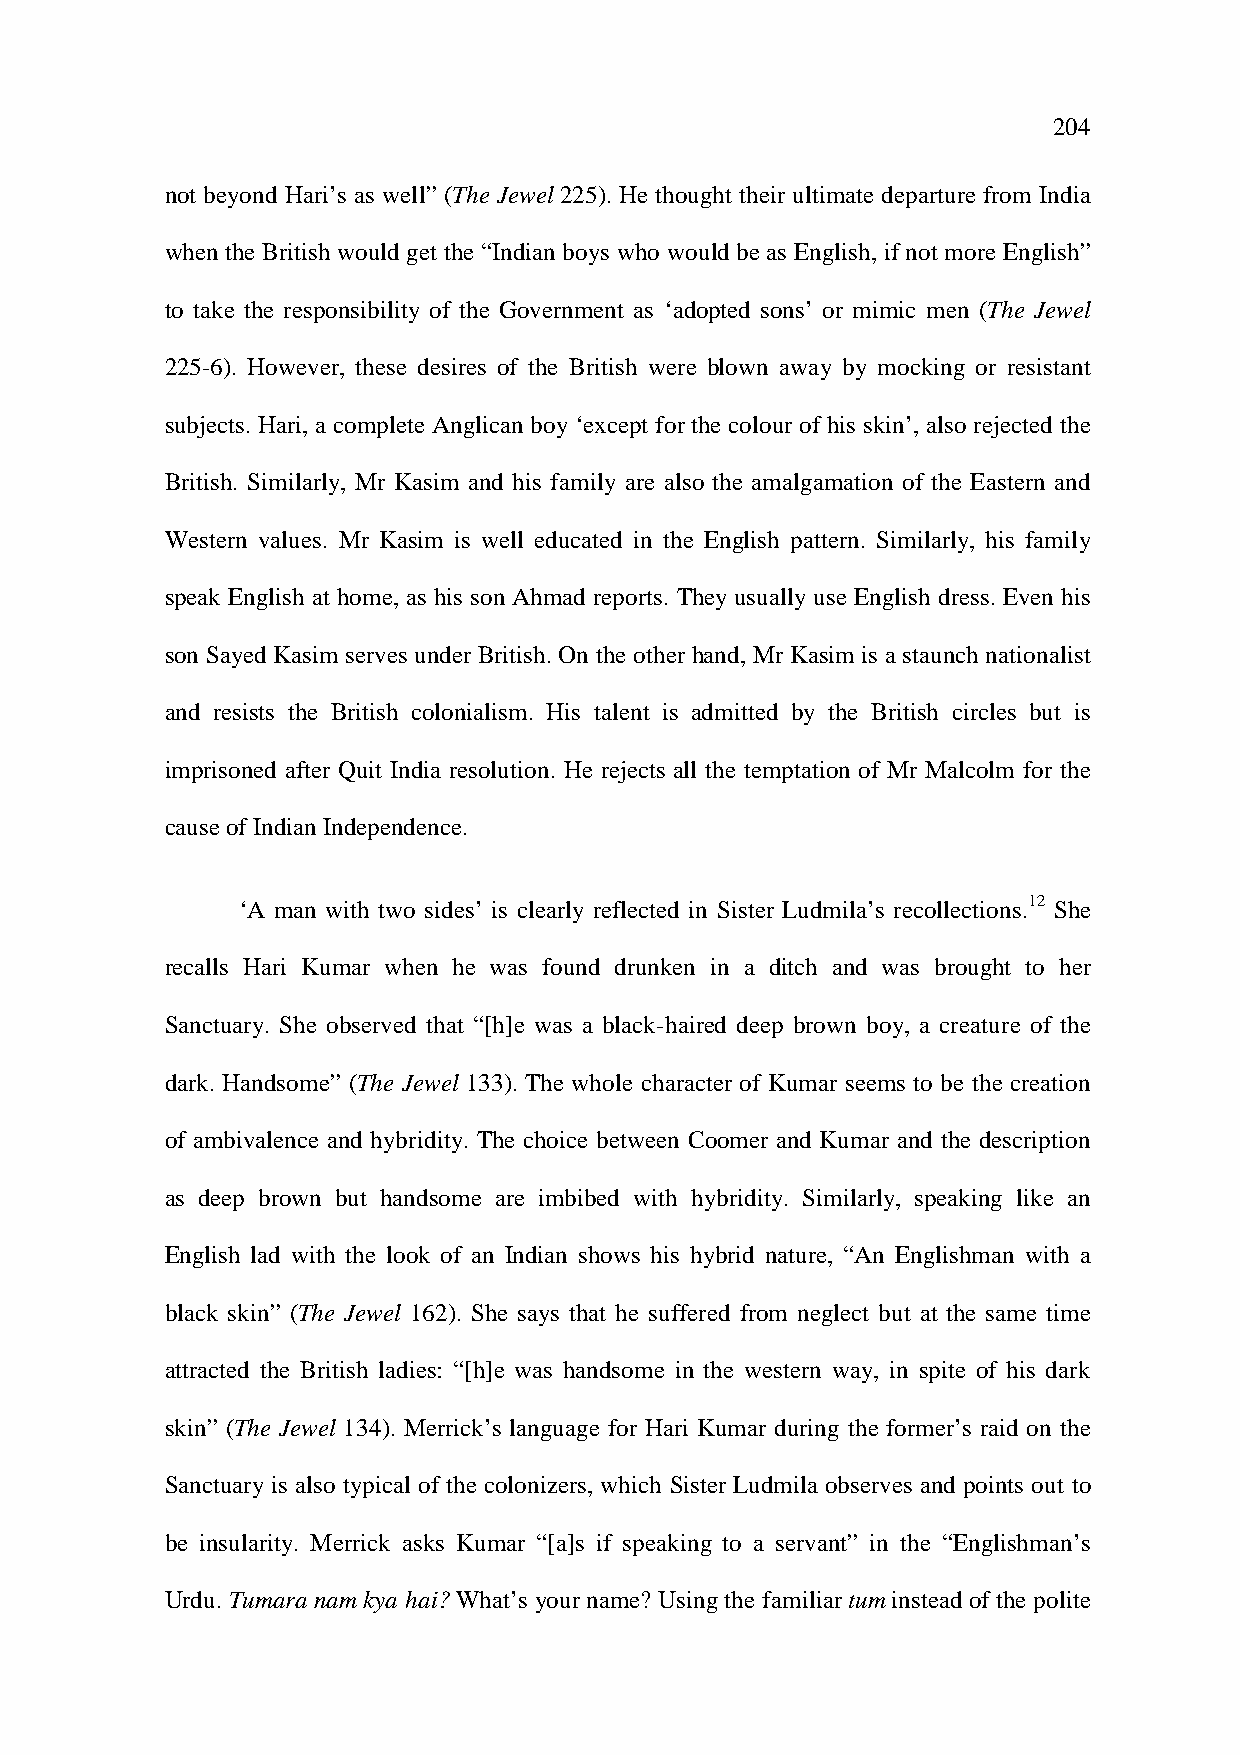
204
 not beyond Hari’s as well” (The Jewel 225). He thought their ultimate departure from India
 when the British would get the “Indian boys who would be as English, if not more English”
 to take the responsibility of the Government as ‘adopted sons’ or mimic men (The Jewel
 225-6). However, these desires of the British were blown away by mocking or resistant
 subjects. Hari, a complete Anglican boy ‘except for the colour of his skin’, also rejected the
 British. Similarly, Mr Kasim and his family are also the amalgamation of the Eastern and
 Western values. Mr Kasim is well educated in the English pattern. Similarly, his family
 speak English at home, as his son Ahmad reports. They usually use English dress. Even his
 son Sayed Kasim serves under British. On the other hand, Mr Kasim is a staunch nationalist
 and resists the British colonialism. His talent is admitted by the British circles but is
 imprisoned after Quit India resolution. He rejects all the temptation of Mr Malcolm for the
 cause of Indian Independence.
 ‘A man with two sides’ is clearly reflected in Sister Ludmila’s recollections.12 She
 recalls Hari Kumar when he was found drunken in a ditch and was brought to her
 Sanctuary. She observed that “[h]e was a black-haired deep brown boy, a creature of the
 dark. Handsome” (The Jewel 133). The whole character of Kumar seems to be the creation
 of ambivalence and hybridity. The choice between Coomer and Kumar and the description
 as deep brown but handsome are imbibed with hybridity. Similarly, speaking like an
 English lad with the look of an Indian shows his hybrid nature, “An Englishman with a
 black skin” (The Jewel 162). She says that he suffered from neglect but at the same time
 attracted the British ladies: “[h]e was handsome in the western way, in spite of his dark
 skin” (The Jewel 134). Merrick’s language for Hari Kumar during the former’s raid on the
 Sanctuary is also typical of the colonizers, which Sister Ludmila observes and points out to
 be insularity. Merrick asks Kumar “[a]s if speaking to a servant” in the “Englishman’s
 Urdu. Tumara nam kya hai? What’s your name? Using the familiar tum instead of the polite